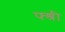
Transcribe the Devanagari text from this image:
फ्श्री